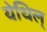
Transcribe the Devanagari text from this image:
येथिल्